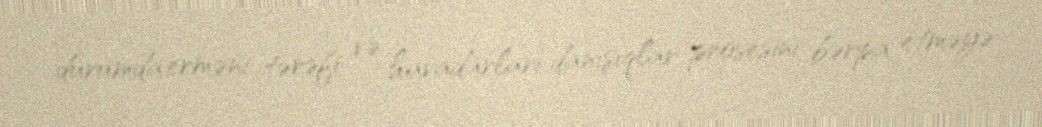
durumda erməni tərəfi və havadarları danışıqlar prosesini bərpa etməyə